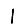
Digit: 1